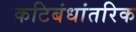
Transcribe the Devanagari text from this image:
कटिबंधांतरिक